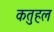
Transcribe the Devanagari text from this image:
कतुहल